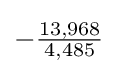
-{\tfrac {13,968}{4,485}}